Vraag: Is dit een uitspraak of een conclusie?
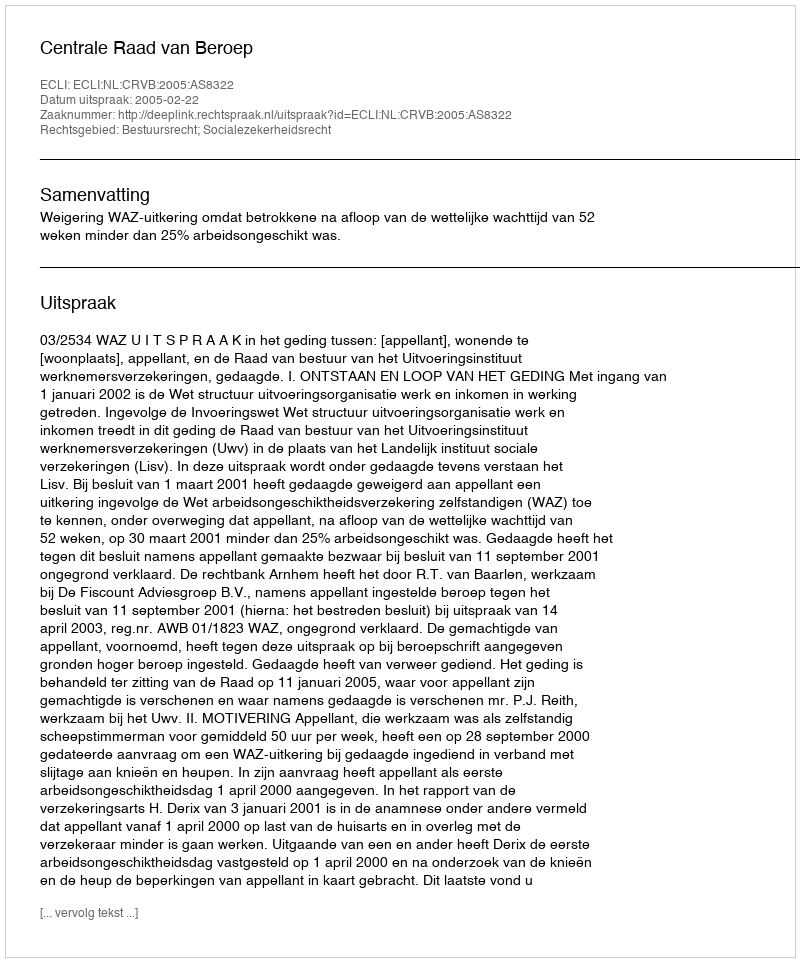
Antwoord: Uitspraak